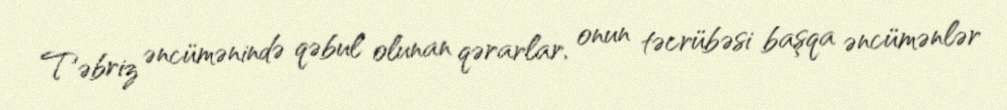
Təbriz əncümənində qəbul olunan qərarlar, onun təcrübəsi başqa əncümənlər